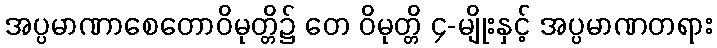
အပ္ပမာဏာစေတောဝိမုတ္တိ၌ တေ ဝိမုတ္တိ ၄-မျိုးနှင့် အပ္ပမာဏတရား